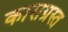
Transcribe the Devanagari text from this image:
काराग्रस्त